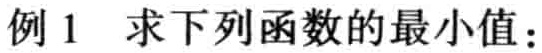
例1 求下列函数的最小值：